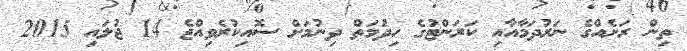
ތިން ރަށެއްގެ ނަރުދަމާއާއި ކަރަންޓުގެ ހިދުމަތް ދިނުމަށް ސޮއިކުރެވިއްޖެ 14 ޖުލައި 2015